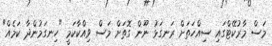
މަސް މާރުކޭޓްގައި ސިއްހަތަށް ރަނގަޅު ނޫން ގޮތަށް މަސް ވިއްކާކަމީ "ހިނގަމުންދާ ކަމެއް"